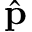
\hat { \textbf { p } }